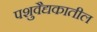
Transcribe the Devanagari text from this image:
पशुवैद्यकातील